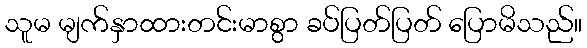
သူမ မျက်နှာထားတင်းမာစွာ ခပ်ပြတ်ပြတ် ပြောမိသည်။